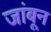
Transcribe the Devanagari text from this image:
जांबून